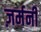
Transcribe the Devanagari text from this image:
ज़र्मनी